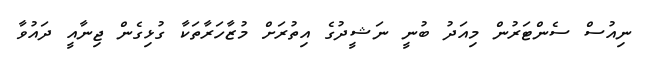
ނިއުސް ސެންޓަރުން މިއަދު ބުނީ ނަޝީދުގެ އިތުރަށް މުޒާހަރާތަކާ ގުޅިގެން ޖިނާއީ ދައުވާ